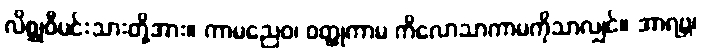
လိစ္ဆုဝီမင်းသားတို့အား။ ကာမညေဝ၊ ဝတ္ထုကာမ ကိလောသာကာမကိုသာလျှင်။ အာရဗ္ဘ၊